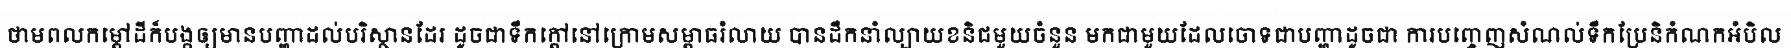
ថាមពលកម្តៅដីក៏បង្កឲ្យមានបញ្ហាដល់បរិស្ថានដែរ ដូចជាទឹកក្តៅនៅក្រោមសម្ពាធរំលាយ បានដឹកនាំល្បាយខនិជមួយចំនួន មកជាមួយដែលចោទជាបញ្ហាដូចជា ការបញ្ចេញសំណល់ទឹកប្រែនិកំណកអំបិល